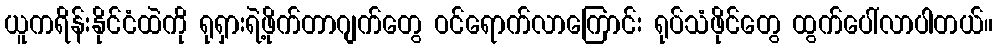
ယူကရိန်းနိုင်ငံထဲကို ရုရှားရဲ့ဖိုက်တာဂျက်တွေ ဝင်ရောက်လာကြောင်း ရုပ်သံဖိုင်တွေ ထွက်ပေါ်လာပါတယ်။